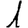
Digit: 1